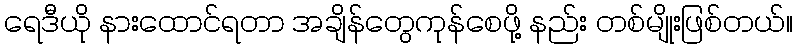
ရေဒီယို နားထောင်ရတာ အချိန်တွေကုန်စေဖို့ နည်း တစ်မျိုးဖြစ်တယ်။